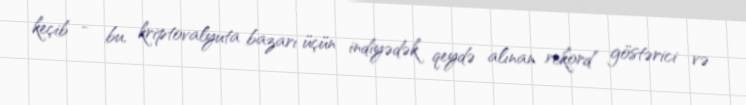
keçib - bu, kriptovalyuta bazarı üçün indiyədək qeydə alınan rekord göstərici və